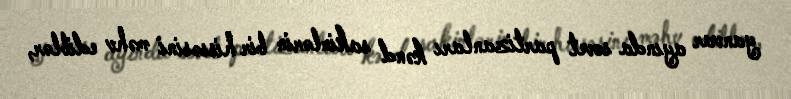
yanvar ayında sovet partizanları kənd sakinlərin bir hissəsini məhv ediblər,